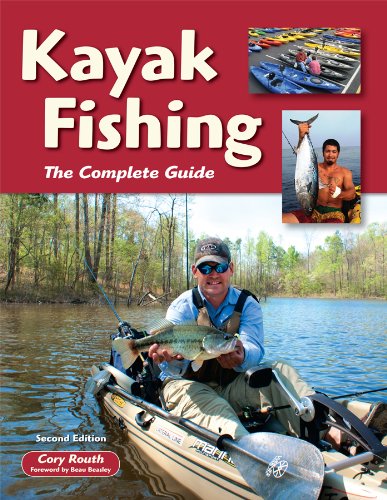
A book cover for Kayak Fishing: The Complete Guide; Cory Routh; Sports & Outdoors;